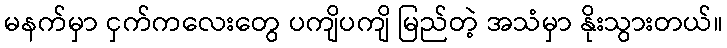
မနက်မှာ ငှက်ကလေးတွေ ပကျိပကျိ မြည်တဲ့ အသံမှာ နိုးသွားတယ်။